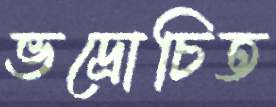
ভদ্রোচিত